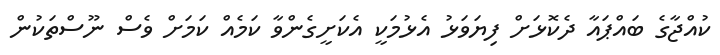
ކުއްޖާގެ ބައްޕައާ ދެކޮޅަށް ފިޔަވަޅު އެޅުމަކީ އެކަށީގެންވާ ކަމެއް ކަމަށް ވެސް ނޫސްތަކުން